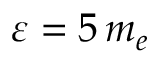
\varepsilon = 5 \, m _ { e }